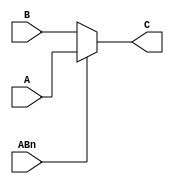
module exchange (A, B, C, ABn);
    input[2 - 1:0] A; 
    input[2 - 1:0] B; 
    output[2 - 1:0] C; 
    wire[2 - 1:0] C;
    input ABn; 
    assign C = (ABn == 1'b1) ? A : B ;
 endmodule